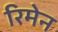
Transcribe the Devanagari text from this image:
रिमेन